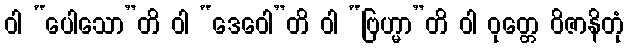
ဝါ “ပေါသော”တိ ဝါ “ဒေဝေါ”တိ ဝါ “ဗြဟ္မာ”တိ ဝါ ဝုတ္တေ ဝိဇာနိတုံ